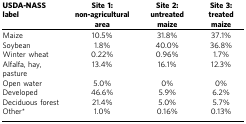
<table><thead><tr><td><b>USDA-NASS label</b></td><td><b>Site 1: non-agricultural area</b></td><td><b>Site 2: untreated maize</b></td><td><b>Site 3: treated maize</b></td></tr></thead><tbody><tr><td>Maize</td><td>10.5%</td><td>31.8%</td><td>37.1%</td></tr><tr><td>Soybean</td><td>1.8%</td><td>40.0%</td><td>36.8%</td></tr><tr><td>Winter wheat</td><td>0.22%</td><td>0.96%</td><td>1.7%</td></tr><tr><td>Alfalfa, hay, pasture</td><td>13.4%</td><td>16.1%</td><td>12.3%</td></tr><tr><td>Open water</td><td>5.0%</td><td>0%</td><td>0%</td></tr><tr><td>Developed</td><td>46.6%</td><td>5.9%</td><td>6.2%</td></tr><tr><td>Deciduous forest</td><td>21.4%</td><td>5.0%</td><td>5.7%</td></tr><tr><td>Other*</td><td>1.0%</td><td>0.16%</td><td>0.13%</td></tr></tbody></table>